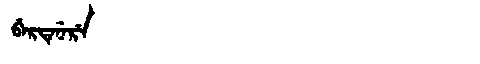
Manchu: ᠪᡝᡵᡨᡝᠨᡝᡵᡝ
Romanization: BERTENERE